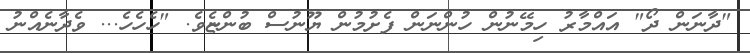
"ދާނަން ދޯ" އައްމާރު ހިމޭނުން ހުންނަން ފެށުމުން ޔޫނުސް ބުންޏެވެ. "ހެހެހެ... ވެދާނެއްނު